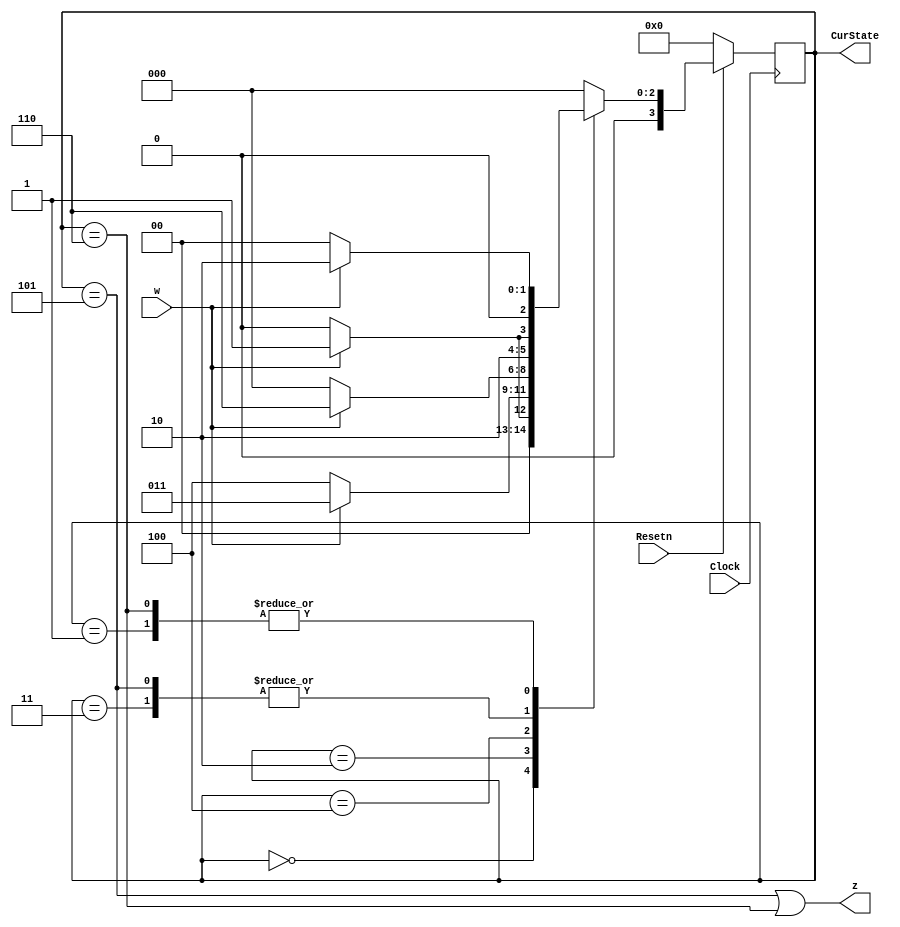
// Resetn synchronous reset when 0
// w input to detector
// z is output from detector
// Clock clock signal
// CurState outputs current state

module part1(Clock, Resetn, w, z, CurState);
   input Clock;
   input Resetn;
   input w;
   output z;
   output [3:0] CurState;

    reg [3:0] y_Q, Y_D; // y_Q represents current state, Y_D represents next state
    
    localparam A = 4'b0000, B = 4'b0001, C = 4'b0010, D = 4'b0011, E = 4'b0100, F = 4'b0101, G = 4'b0110;
    
    //State table
    //The state table should only contain the logic for state transitions
    //Do not mix in any output logic. The output logic should be handled separately.
    //This will make it easier to read, modify and debug the code.
    always@(*)
    begin: state_table
        case (y_Q)
            A: begin
                   if (!w) Y_D = A;
                   else Y_D = B;
               end
            B: begin
                   if(!w) Y_D = A;
                   else Y_D = C;
               end
            C: begin
                   if(!w) Y_D = E;
                   else Y_D = D;
               end
            D: begin
                   if(!w) Y_D = E;
                   else Y_D = F;
               end
            E: begin
                   if(!w) Y_D = A;
                   else Y_D = G;
               end
            F: begin
                   if(!w) Y_D = E;
                   else Y_D = F;
               end
            G: begin
                   if(!w) Y_D = A;
                   else Y_D = C;
               end
            default: Y_D = A;
        endcase
    end // state_table
    
    // State Registers
    always @(posedge Clock)
    begin: state_FFs
        if(Resetn == 1'b0)
            y_Q <=  A; // Should set reset state to state A
        else
            y_Q <= Y_D;
    end // state_FFS

    // Output logic
    // Set z to 1 when in relevant states
    assign z = ((y_Q == F) | (y_Q == G));
    assign CurState = y_Q;
endmodule